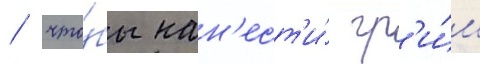
/ что́бы нан'ест'и́ гр'и́м